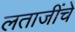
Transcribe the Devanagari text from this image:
लताजींचे